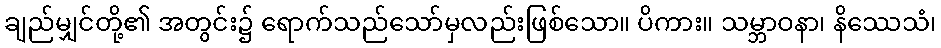
ချည်မျှင်တို့၏ အတွင်း၌ ရောက်သည်သော်မှလည်းဖြစ်သော။ ပိကား။ သမ္ဘာဝနာ၊ နိဿေသံ၊